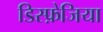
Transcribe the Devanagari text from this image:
डिस्फ़ेजिया